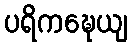
ပရိကဍ္ဎေယျ